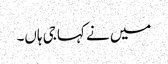
میں نے کہا جی ہاں۔